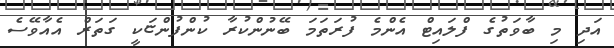
އަދި މި ބާވަތުގެ ފްލައިޓް އެންމެ ފުރަތަމަ ބޭނުންކުރާ ކުންފުންޏަކީ ގަތަރް އެއާވޭސެ